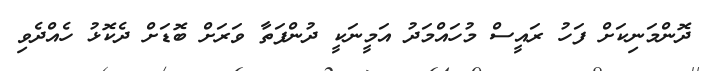
ދޮންމަނިކަށް ފަހު ރައީސް މުހައްމަދު އަމީނަކީ ދުންފަތާ ވަރަށް ބޮޑަށް ދެކޮޅު ހެއްދެވި